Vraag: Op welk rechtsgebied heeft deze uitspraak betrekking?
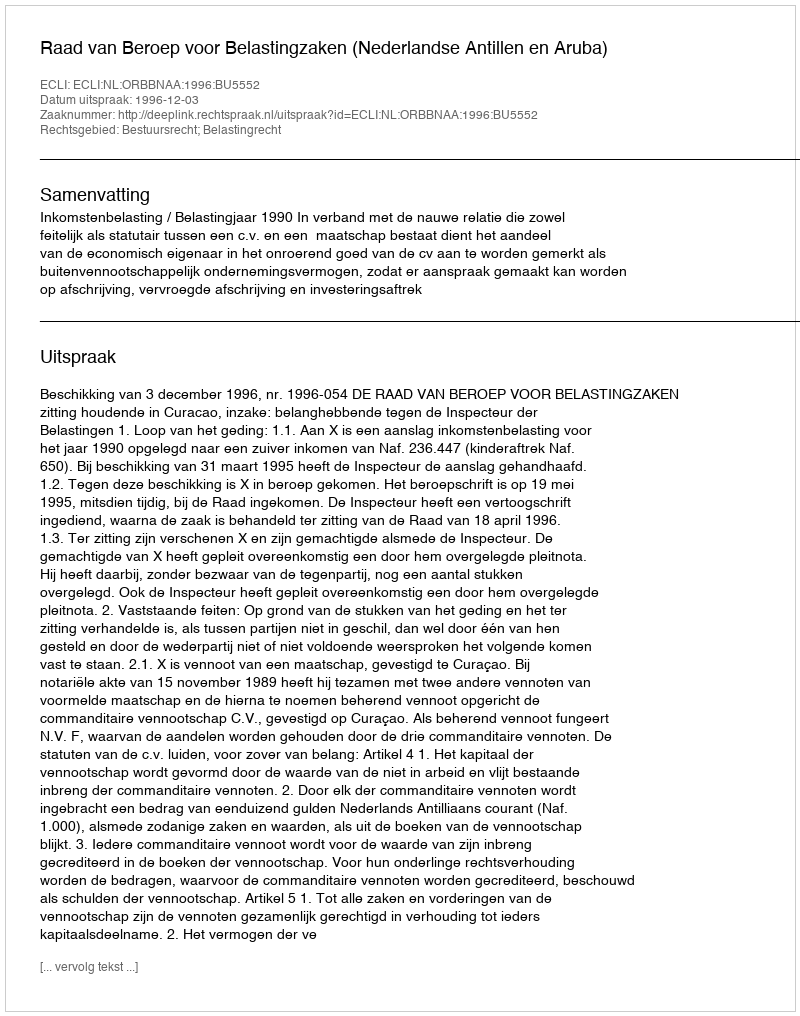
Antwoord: Bestuursrecht; Belastingrecht